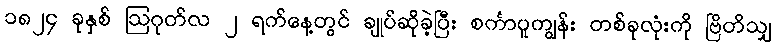
၁၈၂၄ ခုနှစ် ဩဂုတ်လ ၂ ရက်နေ့တွင် ချုပ်ဆိုခဲ့ပြီး စင်္ကာပူကျွန်း တစ်ခုလုံးကို ဗြိတိသျှ